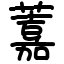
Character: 䕒